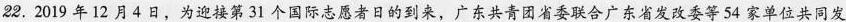
22.2019年12月4日，为迎接第31个国际志愿者日的到来，广东共青团省委联合广东省发改委等54家单位共同发